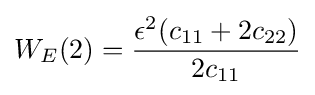
W_{E}(2)={\frac {\epsilon ^{2}(c_{11}+2c_{22})}{2c_{11}}}